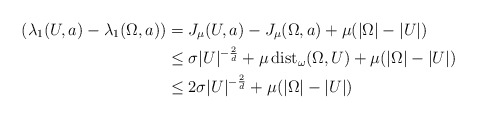
\begin{align*} (\lambda_1(U,a) - \lambda_1(\Omega,a)) &= J_{\mu}(U,a) - J_{\mu}(\Omega,a) + \mu(|\Omega| - |U|)\\ & \leq \sigma |U|^{-\frac{2}{d}} +\mu\, \textup{dist}_\omega(\Omega,U) +\mu(|\Omega| - |U|)\\ &\leq 2\sigma |U|^{-\frac{2}{d}}+\mu(|\Omega| - |U|) \end{align*}